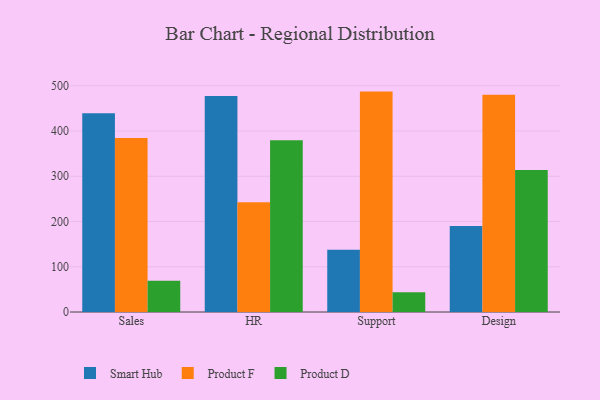
{"axis": {"x": "Department", "y": "Energy Usage (MWh)"}, "legend": ["Product D", "Product F", "Smart Hub"], "data": [{"x": "Sales", "y": 439.2, "type": "Smart Hub"}, {"x": "Sales", "y": 384.2, "type": "Product F"}, {"x": "Sales", "y": 68.8, "type": "Product D"}, {"x": "HR", "y": 477.2, "type": "Smart Hub"}, {"x": "HR", "y": 242.7, "type": "Product F"}, {"x": "HR", "y": 379.4, "type": "Product D"}, {"x": "Support", "y": 137.8, "type": "Smart Hub"}, {"x": "Support", "y": 487.0, "type": "Product F"}, {"x": "Support", "y": 43.5, "type": "Product D"}, {"x": "Design", "y": 189.9, "type": "Smart Hub"}, {"x": "Design", "y": 479.9, "type": "Product F"}, {"x": "Design", "y": 313.8, "type": "Product D"}]}